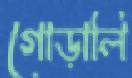
গোড়ালি